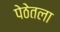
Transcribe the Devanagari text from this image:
पेठेतला